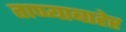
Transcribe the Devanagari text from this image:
ताप्प्याबाहेर